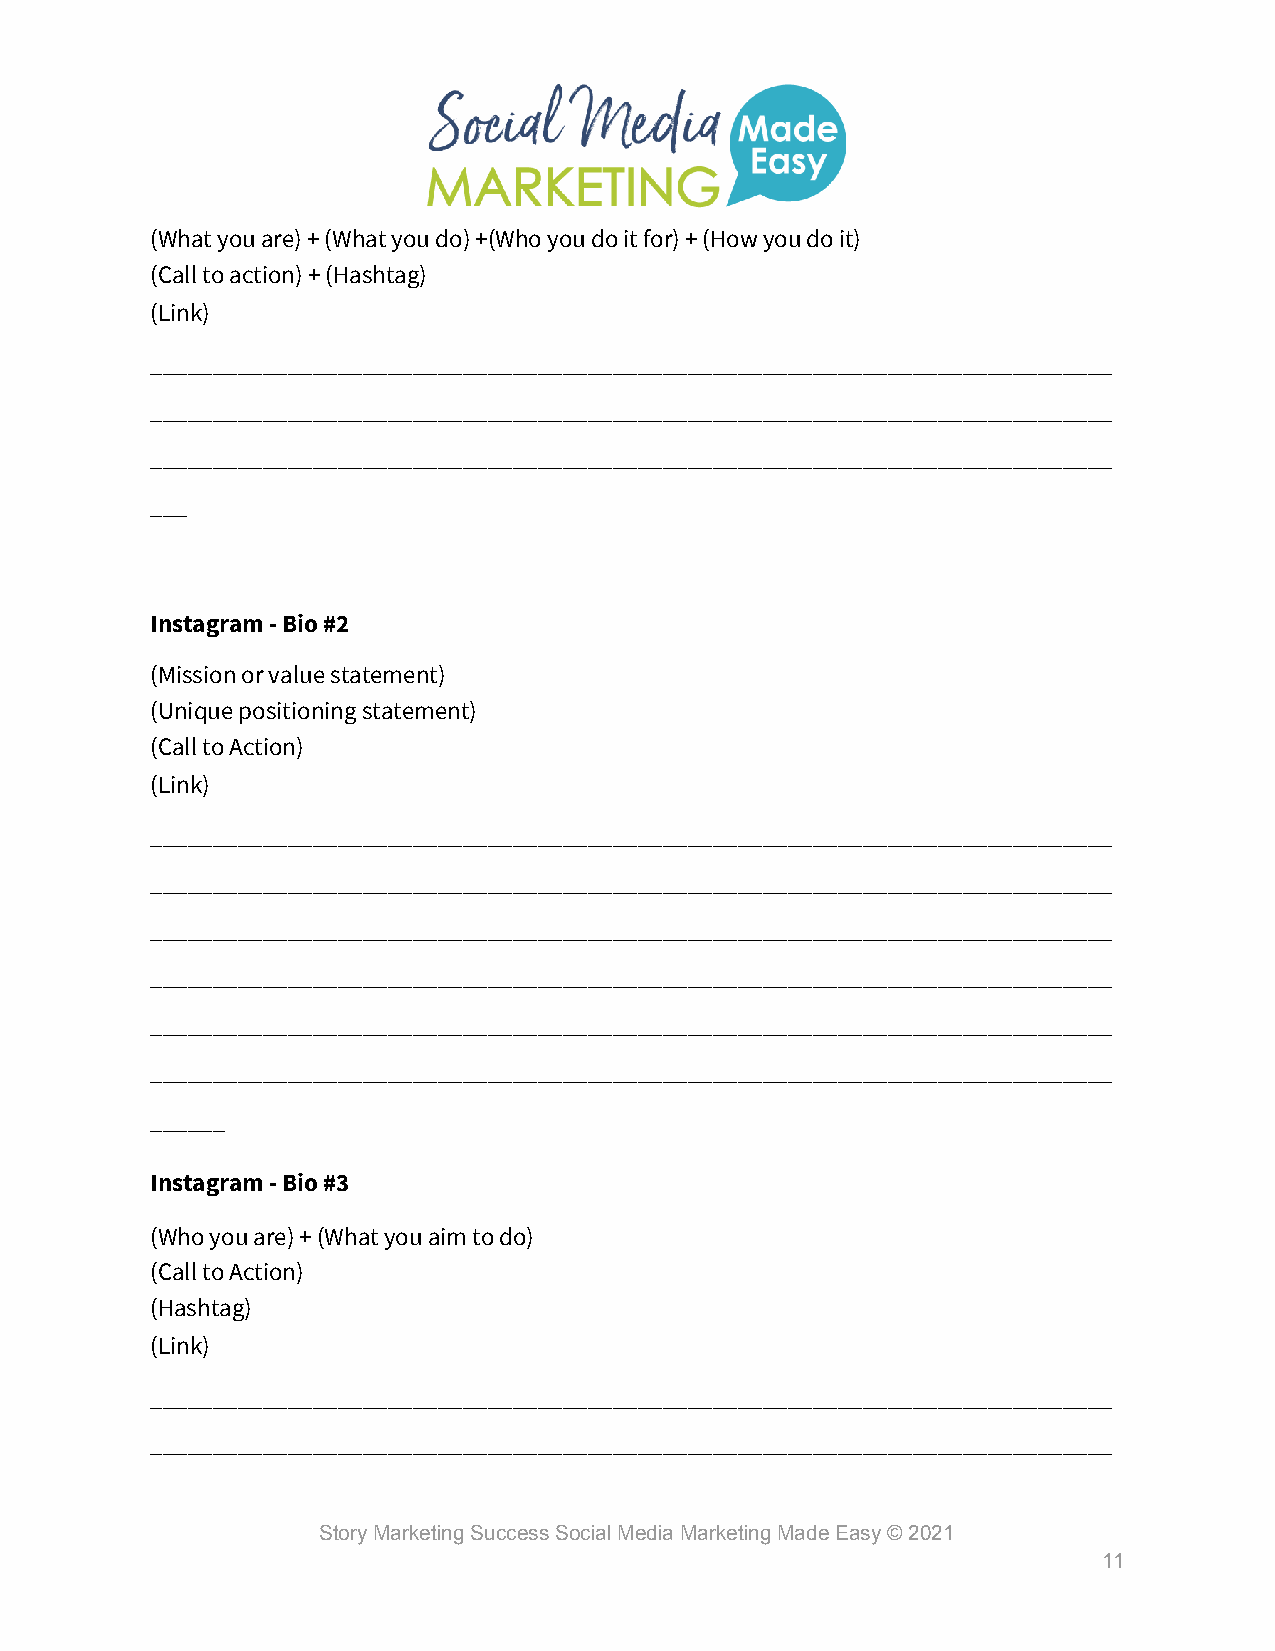
(What you are) + (What you do) +(Who you do it for) + (How you do it)
 (Call to action) + (Hashtag)
 (Link)
 _____________________________________________________________________________
 _____________________________________________________________________________
 _____________________________________________________________________________
 ___
 Instagram - Bio #2
 (Mission or value statement)
 (Unique positioning statement)
 (Call to Action)
 (Link)
 _____________________________________________________________________________
 _____________________________________________________________________________
 _____________________________________________________________________________
 _____________________________________________________________________________
 _____________________________________________________________________________
 _____________________________________________________________________________
 ______
 Instagram - Bio #3
 (Who you are) + (What you aim to do)
 (Call to Action)
 (Hashtag)
 (Link)
 _____________________________________________________________________________
 _____________________________________________________________________________
 Story Marketing Success Social Media Marketing Made Easy © 2021
 11